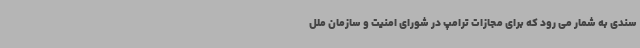
سندی به شمار می رود که برای مجازات ترامپ در شورای امنیت و سازمان ملل